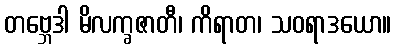
တဗ္ဘေဒါ မိလက္ခဇာတီ၊ ကိရာတ၊ သဝရာဒယော။